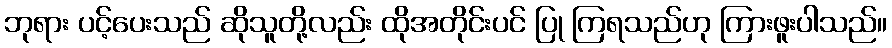
ဘုရား ပင့်ပေးသည် ဆိုသူတို့လည်း ထိုအတိုင်းပင် ပြု ကြရသည်ဟု ကြားဖူးပါသည်။